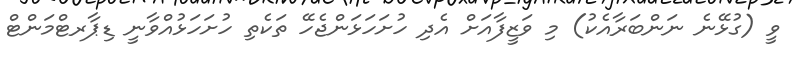
ވީ (ގުޅޭނެ ނަންބަރާއެކު) މި ވަޒީފާއަށް އެދި ހުށަހަޅަންޖެހޭ ތަކެތި ހުށަހަޅުއްވާނީ ޑިޕާރޓްމަންޓް